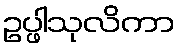
ဥပ္ဖါသုလိကာ